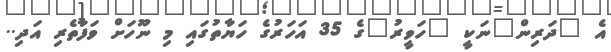
އެ "ދަރިން"ނަކީ "ހަވީރު"ގެ 35 އަހަރުގެ ހަޔާތުގައި މި ނޫހަށް ވަފާތެރި އަދި..